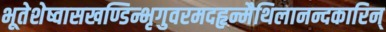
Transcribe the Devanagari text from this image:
भूतेशेष्वासखण्डिन्भृगुवरमदहृन्मैथिलानन्दकारिन्